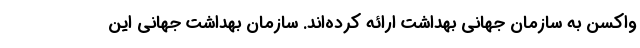
واکسن به سازمان جهانی بهداشت ارائه کرده‌اند. سازمان بهداشت جهانی این